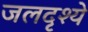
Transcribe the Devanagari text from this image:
जलदृश्ये